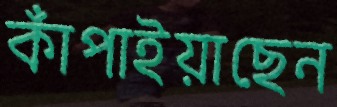
কাঁপাইয়াছেন